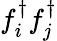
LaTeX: f_{i}^{\dagger}f_{j}^{\dagger}